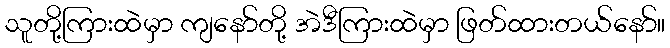
သူတို့ကြားထဲမှာ ကျနော်တို့ အဲဒီကြားထဲမှာ ဖြတ်ထားတယ်နော်။